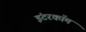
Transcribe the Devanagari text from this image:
इंटरकाॅम